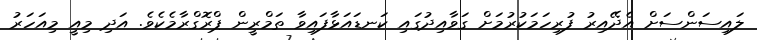
ލައިސަންސަށް އެދޭއިރު ފުރިހަމަކުރުމަށް ގަވާއިދުގައި ކަނޑައަޅާފައިވާ ތަމްރީން ޕްރޮގްރާމެކެވެ. އަދި މިއީ މިއަހަރު